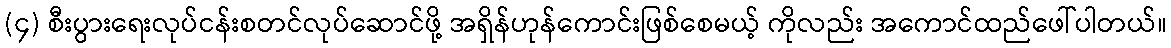
(၄) စီးပွားရေးလုပ်ငန်းစတင်လုပ်ဆောင်ဖို့ အရှိန်ဟုန်ကောင်းဖြစ်စေမယ့် ကိုလည်း အကောင်ထည်ဖေါ်ပါတယ်။